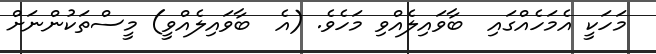
މަހަކީ އެމަހެއްގައި  ބާވައިލެއްވި މަހެވެ. (އެ  ބާވައިލެއްވީ) މީސްތަކުންނަށް